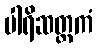
ပါရိဆတ္တကံ